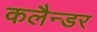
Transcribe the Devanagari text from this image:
कलैन्डर